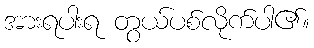
အားရပါးရ တွယ်ပစ်လိုက်ပါ၏။